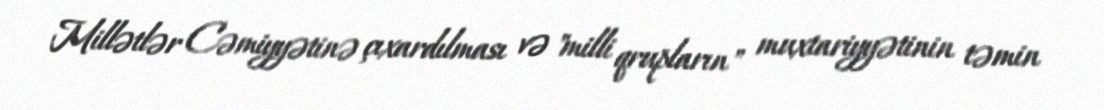
Millətlər Cəmiyyətinə çıxardılması və "milli qrupların" muxtariyyətinin təmin